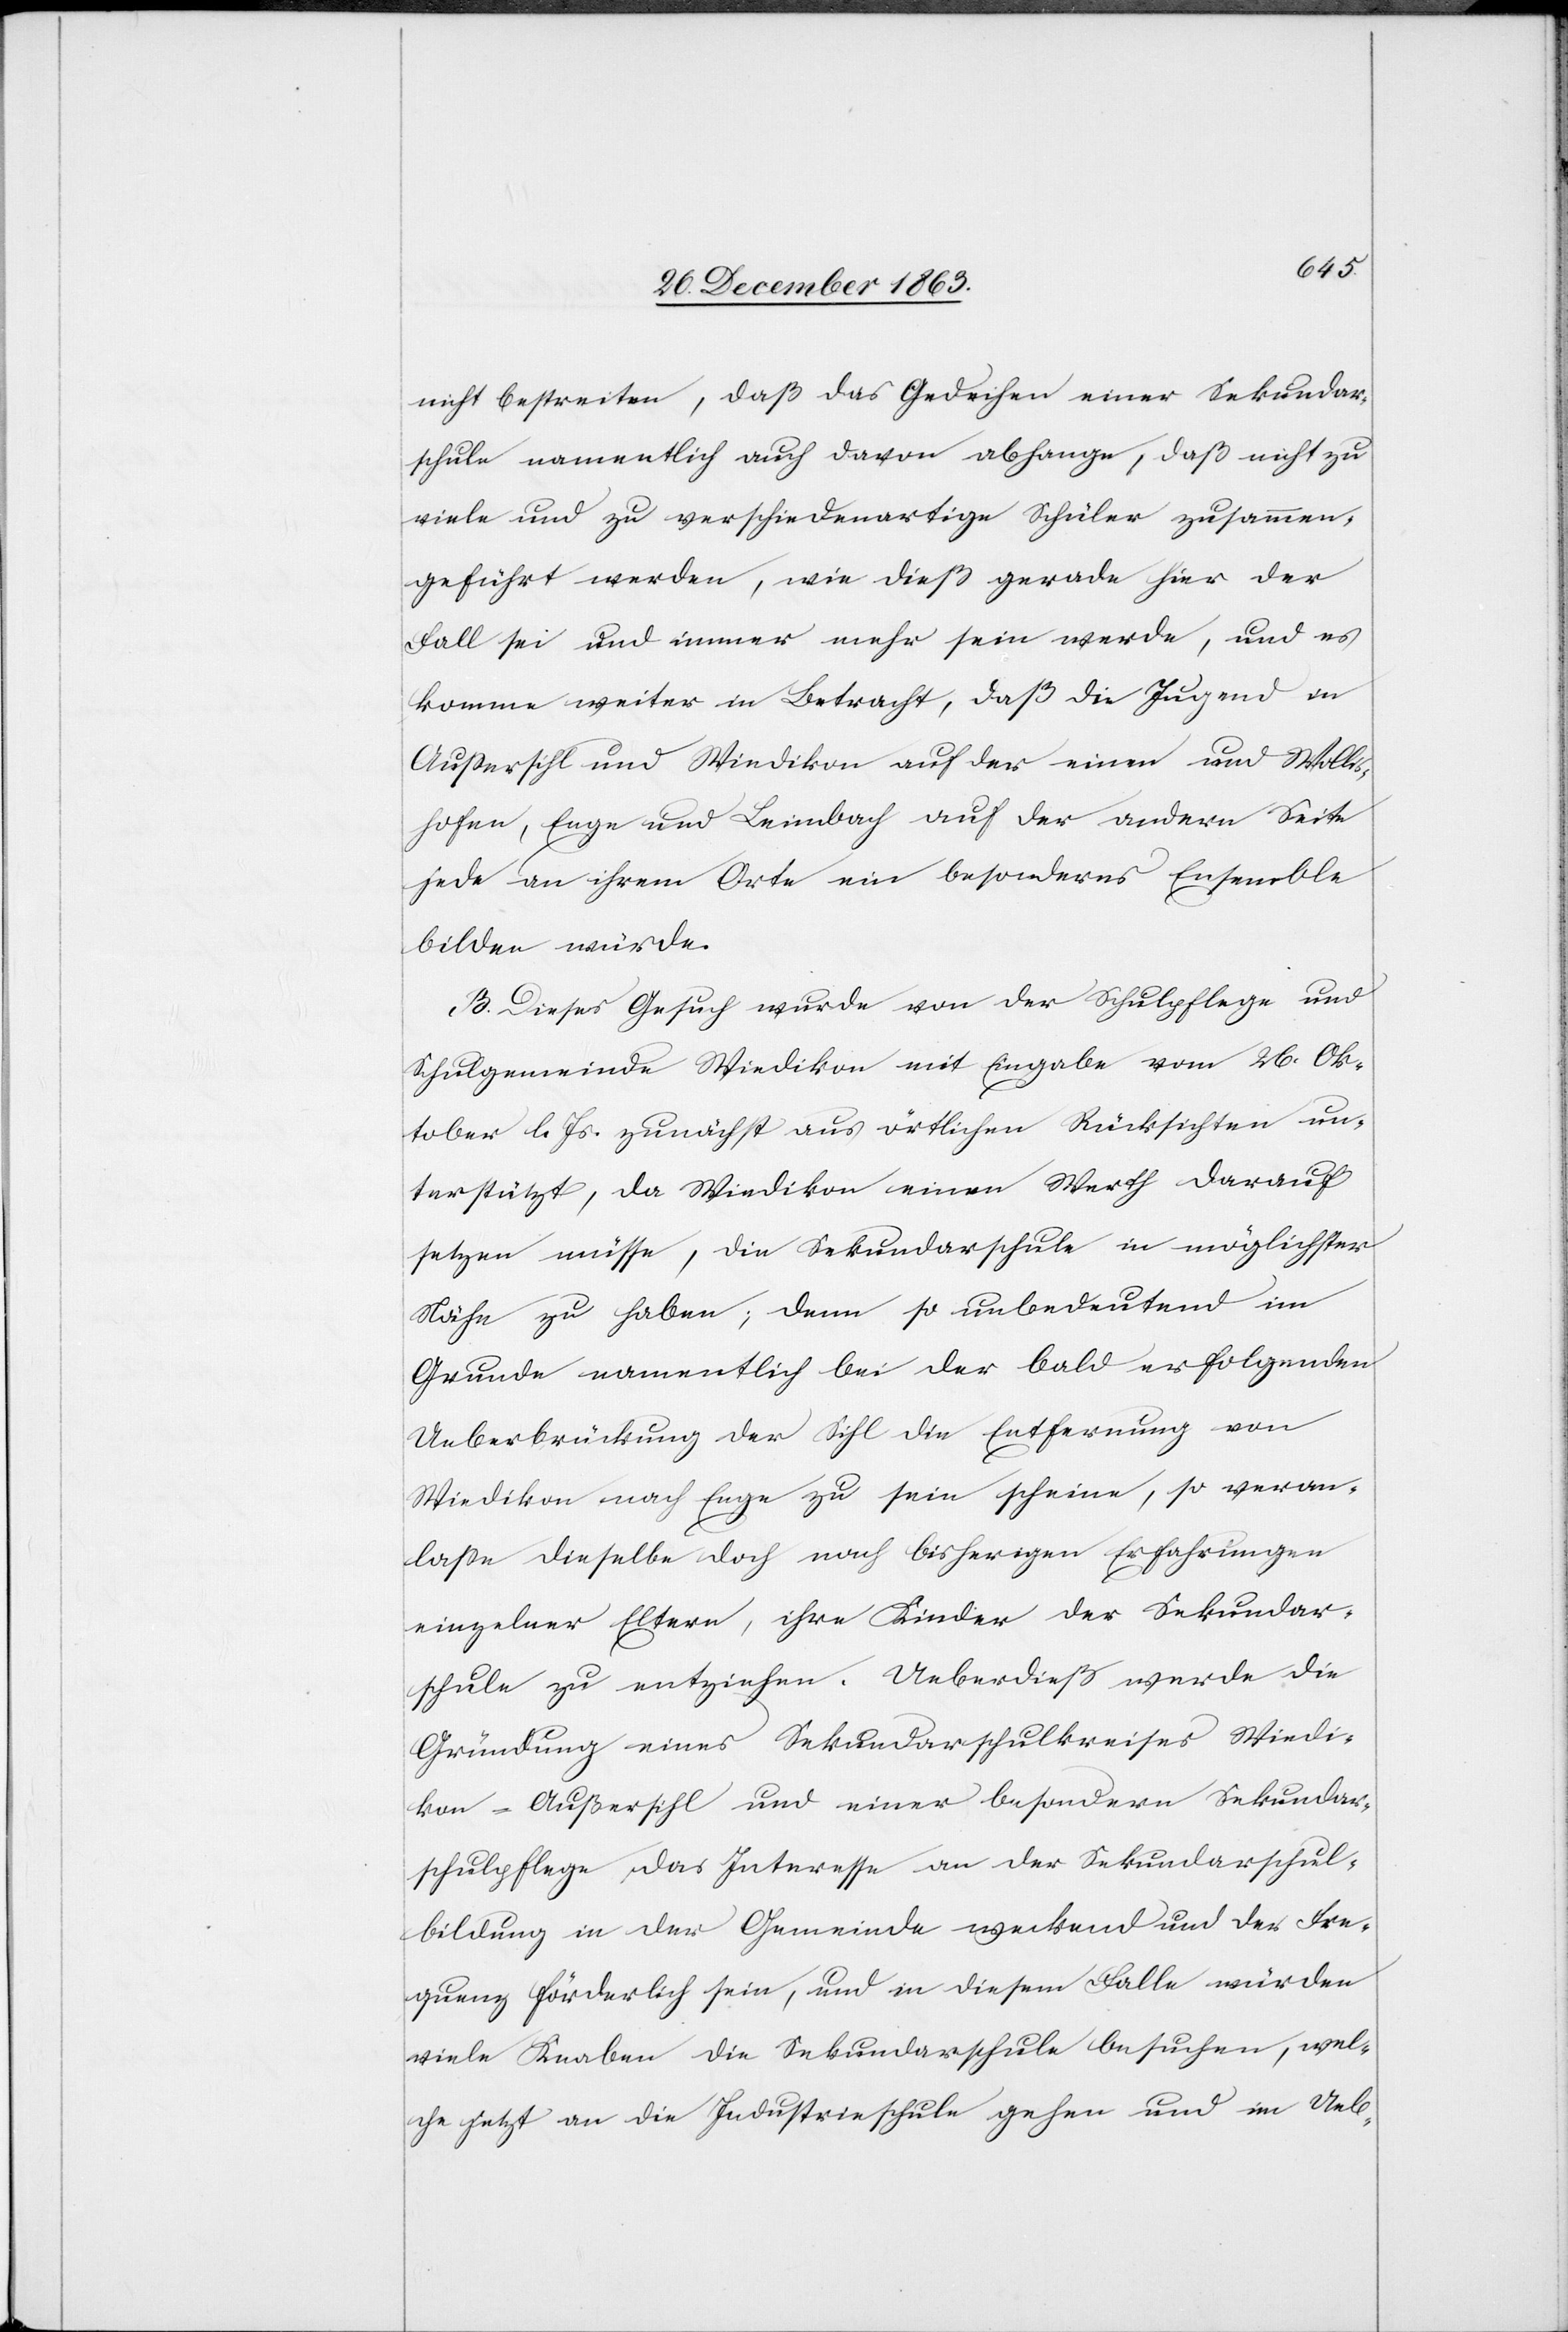
nicht bestreiten, daß das Gedeihen einer Sekundar¬
schule namentlich auch davon abhange, daß nicht zu
viele und zu verschiedenartige Schüler zusammen¬
geführt werden, wie dieß gerade hier der
Fall sei und immer mehr sein werde, und es
komme weiter in Betracht, daß die Jugend in
Aussersihl und Wiedikon auf der einen und Wollis¬
hofen, Enge und Leimbach auf der andern Seite
jede an ihrem Orte ein besonderes Ensemble
bilden würde.
B. Dieses Gesuch wurde von der Schulpflege und
Schulgemeinde Wiedikon mit Eingabe vom 26. Ok¬
tober l. Js. zunächst aus örtlichen Rücksichten un¬
terstützt, da Wiedikon einen Werth darauf
setzen müsse, die Sekundarschule in möglichster
Nähe zu haben; denn so unbedeutend im
Grunde namentlich bei der bald erfolgenden
Ueberbrückung der Sihl die Entfernung von
Wiedikon nach Enge zu sein scheine, so veran¬
lasse dieselbe doch nach bisherigen Erfahrungen
einzelner Eltern, ihre Kinder der Sekundar¬
schule zu entziehen. Ueberdieß werde die
Gründung eines Sekundarschulkreises Wiedi¬
kon-Außersihl und einer besondern Sekundar¬
schulpflege, das Interesse an der Sekundarschul¬
bildung in der Gemeinde weckend und der Fre¬
quenz förderlich sein, und in diesem Falle würden
viele Knaben die Sekundarschule besuchen, wel¬
che jetzt an die Industrieschule gehen und im Ueb-